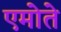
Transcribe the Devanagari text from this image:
एमोते